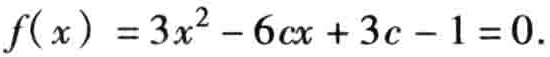
\(f( x ) = 3x^{2} - 6cx + 3c - 1 = 0.\)